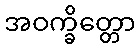
အဝက္ခိတ္တော